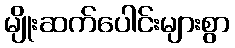
မျိုးဆက်ပေါင်းများစွာ